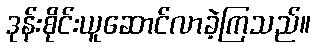
ဒုန်းစိုင်းယူဆောင်လာခဲ့ကြသည်။